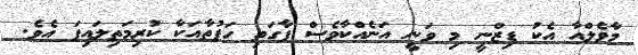
މާވެލްއާ އެކު ޑިޒްނީ މި ވަނީ އަނެއްކާވެސް ފާގަތި ހަފުތާއަކާ ކުރިމަތިލައިފަ އެވެ.